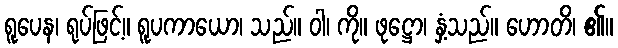
ရူပေန၊ ရုပ်ဖြင့်။ ရူပကာယော၊ သည်။ ဝါ၊ ကို။ ဖုဋ္ဌော၊ နှံ့သည်။ ဟောတိ၊ ၏။